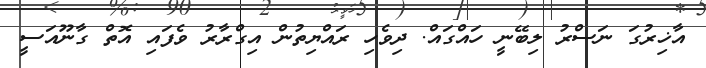
އާޚިރުގަ ނަސްރު ލިބޭނީ ހައްގައް. ދިވެހި ރައްޔިތުން އިގްރާރު ވެފައި އޮތް ގާނޫއަސީ